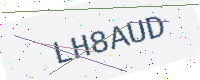
Text: LH8AUD